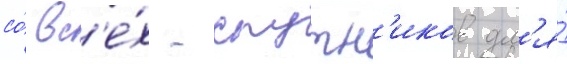
со́ вс'е́х -спутн'иков дл'я́